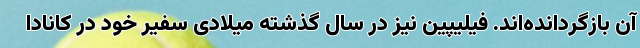
آن بازگردانده‌اند. فیلیپین نیز در سال گذشته میلادی سفیر خود در کانادا